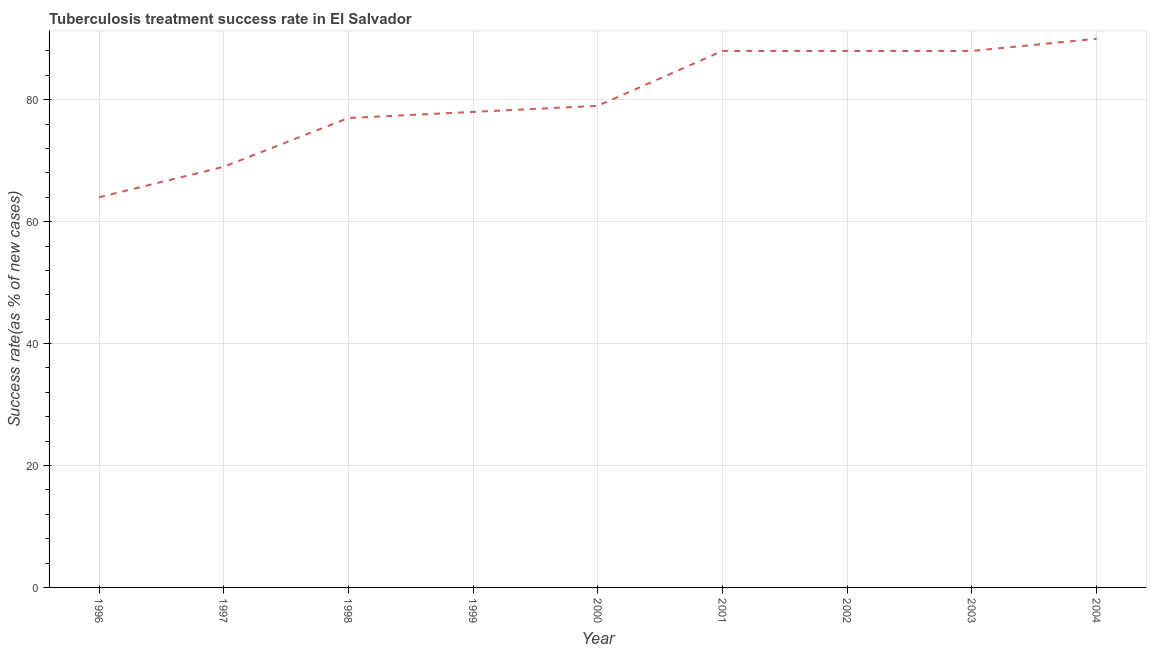
| Year | Tuberculosis treatment success rate |
 | --- | --- |
 | 1996 | 64 |
 | 1997 | 69 |
 | 1998 | 77 |
 | 1999 | 78 |
 | 2000 | 79 |
 | 2001 | 88 |
 | 2002 | 88 |
 | 2003 | 88 |
 | 2004 | 90 |